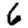
Digit: 6